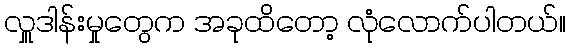
လှူဒါန်းမှုတွေက အခုထိတော့ လုံလောက်ပါတယ်။